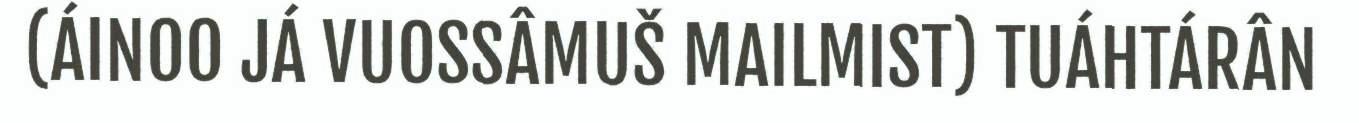
(ÁINOO JÁ VUOSSÂMUŠ MAILMIST) TUÁHTÁRÂN